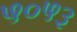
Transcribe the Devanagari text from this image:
५०५३